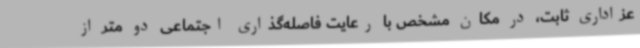
عزاداری ثابت، در مکان مشخص با رعایت فاصله‌گذاری اجتماعی دو متر از